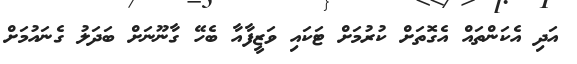
އަދި އެކަންތައް އެގޮތަށް ކުރުމަށް ޓަކައި ވަޒީފާއާ ބެހޭ ގާނޫނަށް ބަދަލު ގެނައުމަށް